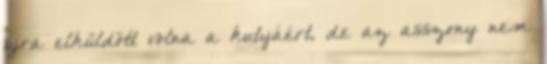
újra elküldött volna a kutyáért, de az asszony nem